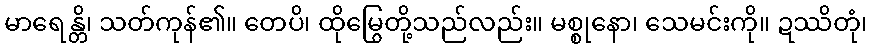
မာရေန္တိ၊ သတ်ကုန်၏။ တေပိ၊ ထိုမြွေတို့သည်လည်း။ မစ္စုနော၊ သေမင်းကို။ ဍဿိတုံ၊